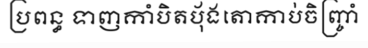
ប្រពន្ធ ទាញកាំបិតប៉័ងតោកាប់ចិញ្ច្រាំ